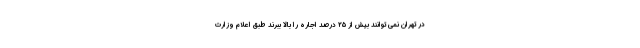
در تهران نمی توانند بیش از ۲۵ درصد اجاره را بالا ببرند طبق اعلام وزارت